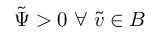
\tilde { \Psi } > 0 \ \forall \; \tilde { v } \in B